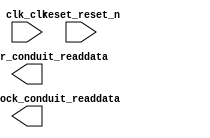

module SistemaEmbarcadoAcumulador (
	acumulador_conduit_readdata,
	clk_clk,
	medidordeclock_conduit_readdata,
	reset_reset_n);	

	output	[31:0]	acumulador_conduit_readdata;
	input		clk_clk;
	output	[31:0]	medidordeclock_conduit_readdata;
	input		reset_reset_n;
endmodule